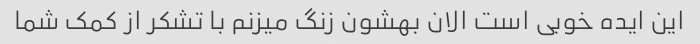
این ایده خوبی است الان بهشون زنگ میزنم با تشکر از کمک شما